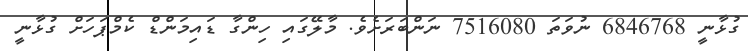
ގުޅާނީ 6846768 ނުވަތަ 7516080 ނަންބަރަށެވެ. މާލޭގައި ހިންގާ ޑައިމަންޑް ކެމްޕަހަށް ގުޅާނީ